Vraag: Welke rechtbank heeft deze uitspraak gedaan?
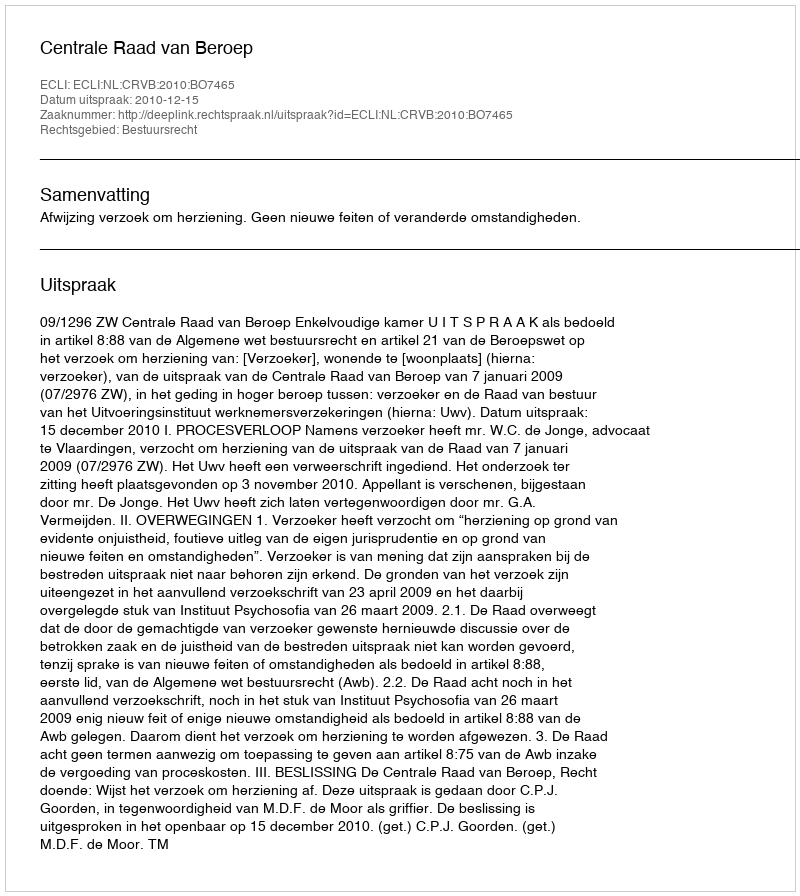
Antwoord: Centrale Raad van Beroep